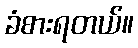
ခံစားရတယ်။